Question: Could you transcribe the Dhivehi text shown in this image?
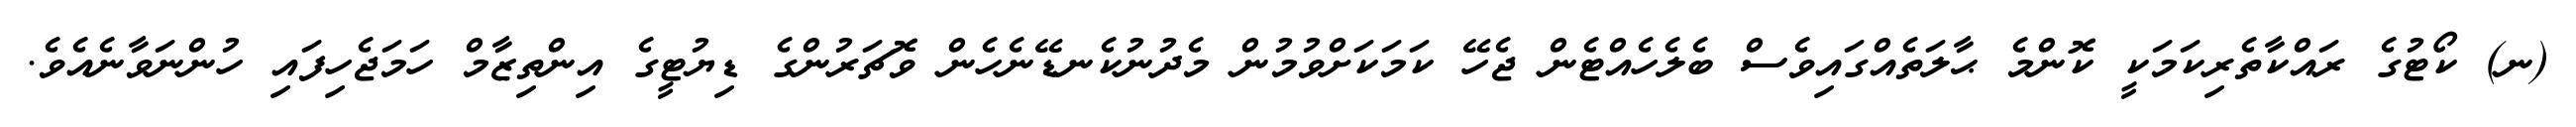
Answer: (ނ) ކޯޓުގެ ރައްކާތެރިކަމަކީ ކޮންމެ ޙާލަތެއްގައިވެސް ބެލެހެއްޓެން ޖެހޭ ކަމަކަށްވުމުން މެދުނުކެނޑޭނެހެން ވޮޗަރުންގެ ޑިޔުޓީގެ އިންތިޒާމް ހަމަޖެހިފައި ހުންނަވާނެއެވެ.